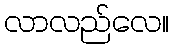
လာလည်လေ။